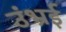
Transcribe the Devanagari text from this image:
उंभ्रई